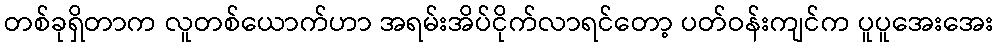
တစ်ခုရှိတာက လူတစ်ယောက်ဟာ အရမ်းအိပ်ငိုက်လာရင်တော့ ပတ်ဝန်းကျင်က ပူပူအေးအေး